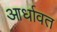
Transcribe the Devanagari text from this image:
आर्धावत